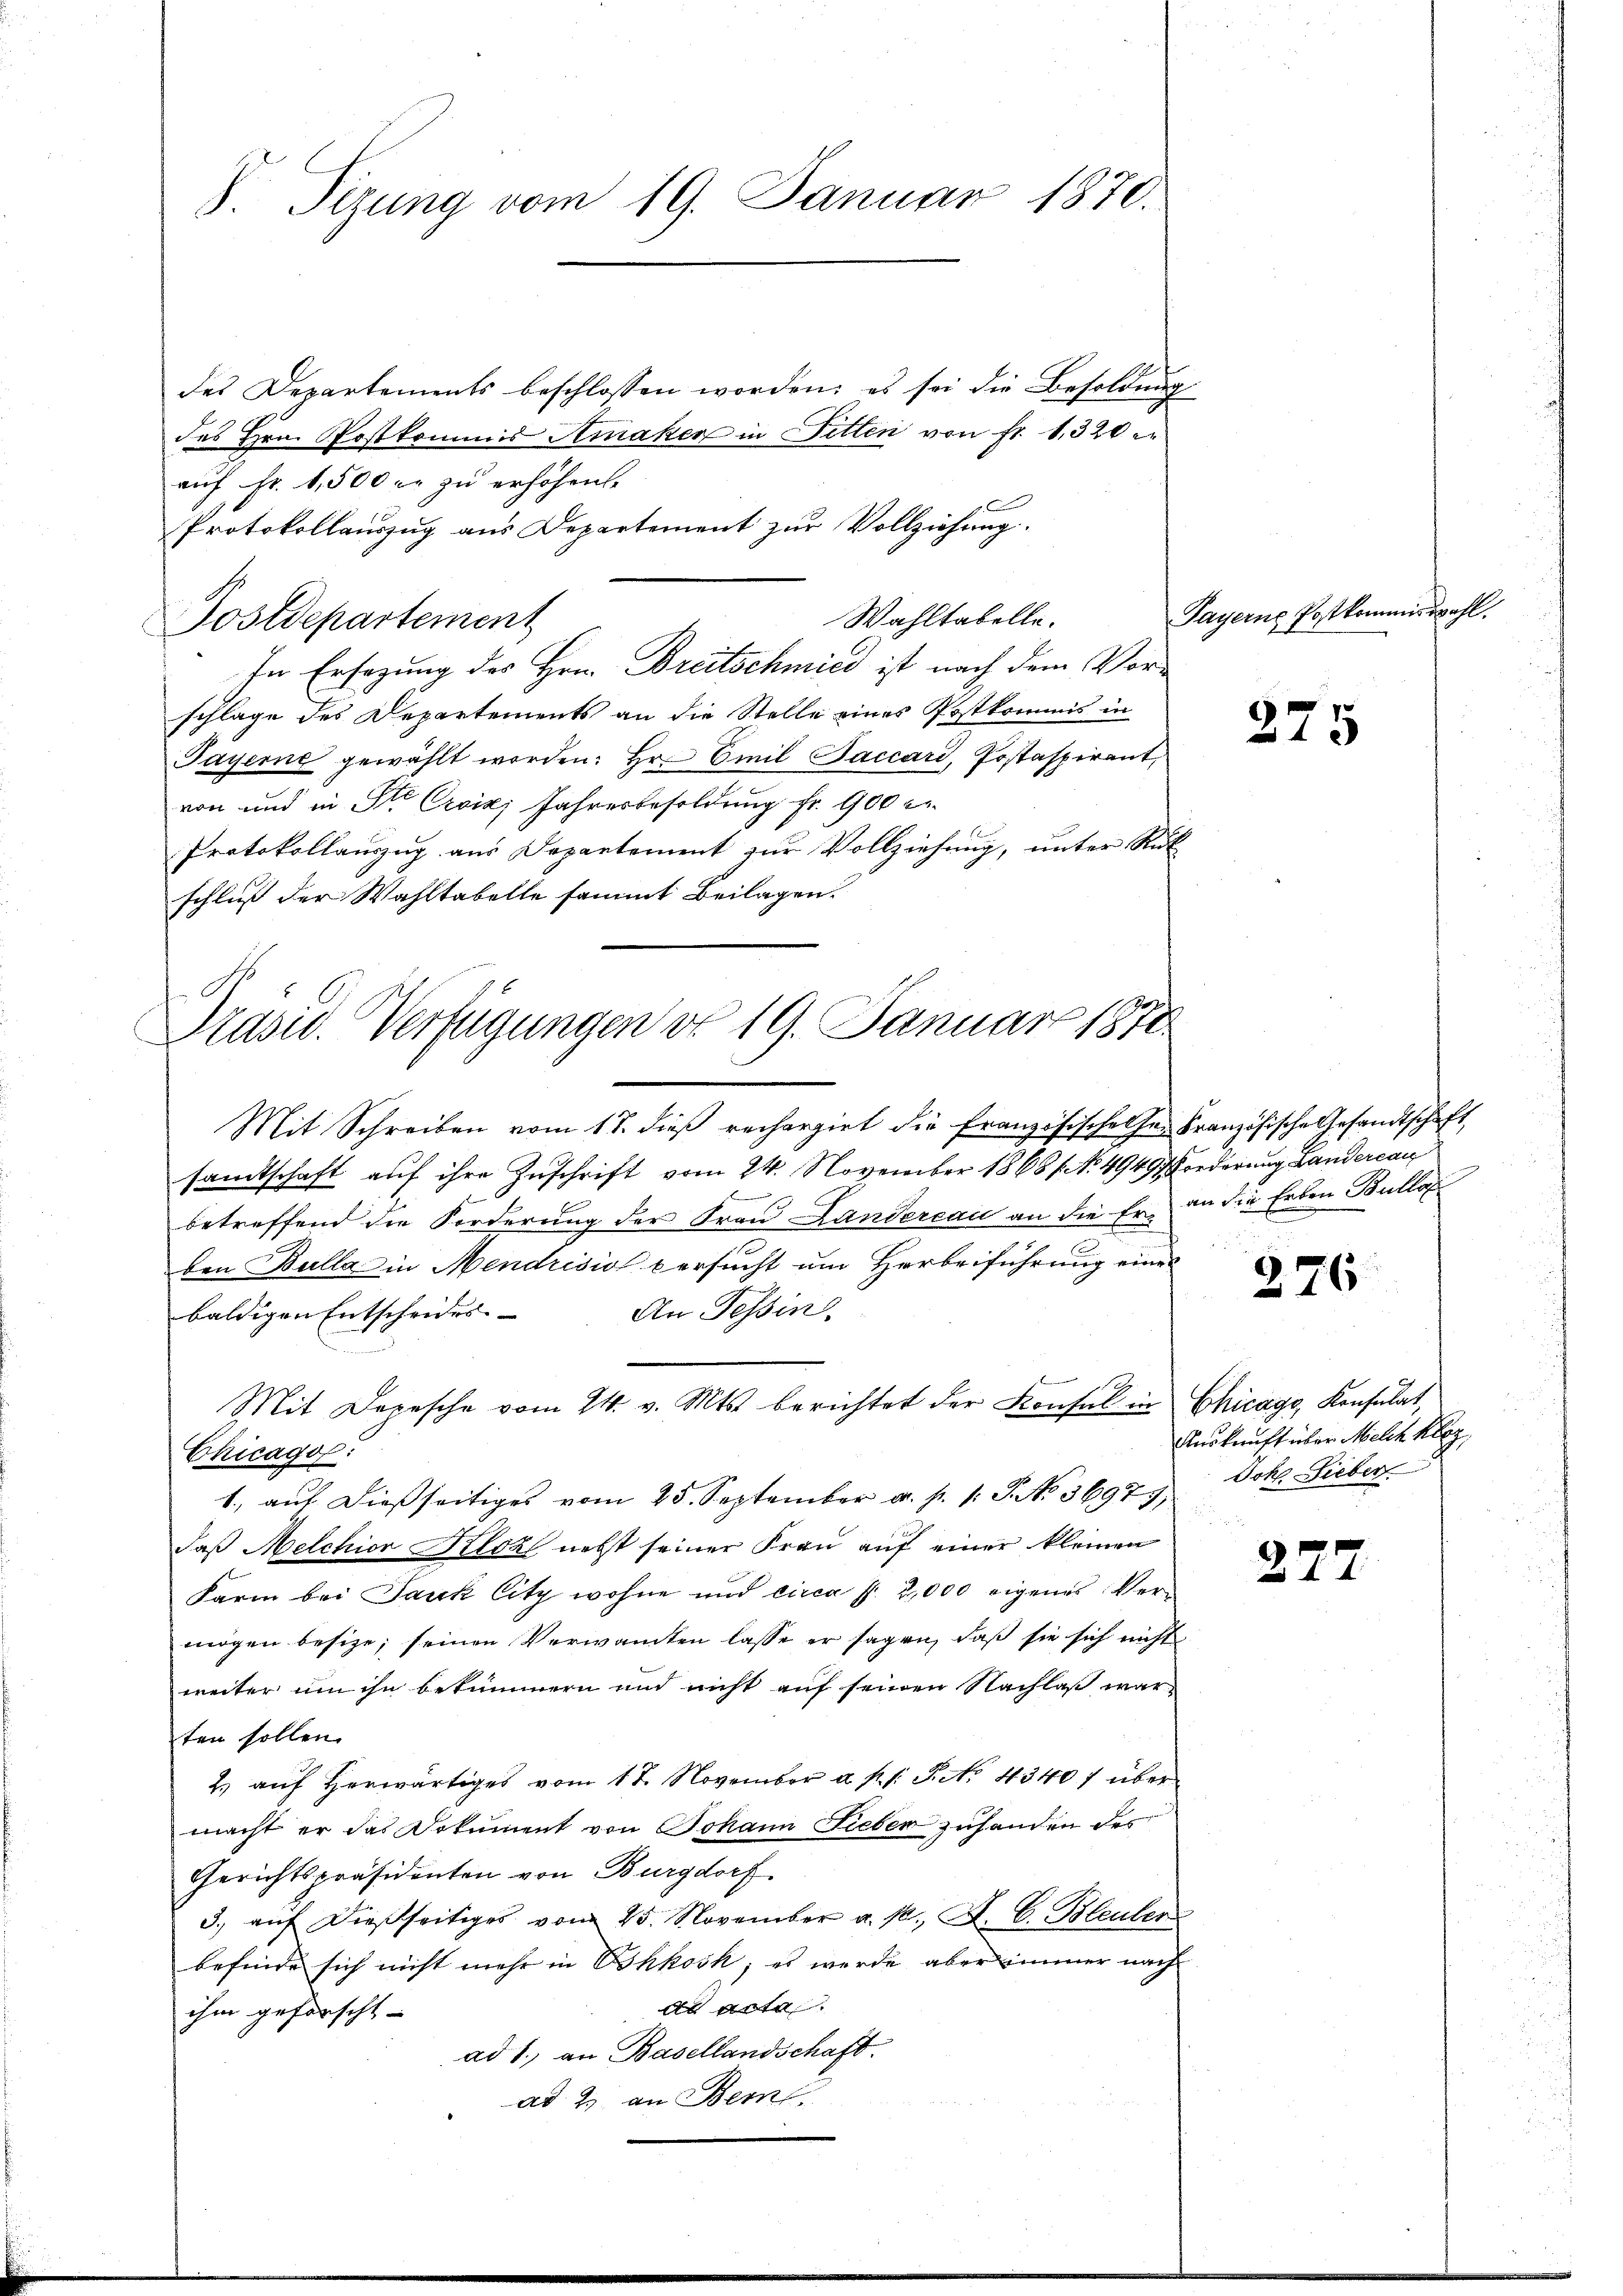
S. Tizung vom 19. Januar 1870.

des Departements beschlossen worden; es sei die Besoldung
des Hrn. Postkommis Amaker in Fitten von fr. 1320
auf Fr. 1,500 fr zu erhöhen.
Protokollauszug aus Departement zur Vollziehung.
In Ersezung des Hrn. Breitschmied ist nach dem Vorschlage des Departements an die Stelle eines Postkommis in
Payerne gewählt worden: Hr. Emil Baccari, Postaspirant,
von und in St. Croix, Jahresbesoldung fr. 900 l
Protokollauszug aus Departement zur Vollziehung, unter Rük
schluß der Wahltabelle sammt Beilagen.

Postdepartement

Wahltabelle.

s
Präsid. Verfügungen do 19. Januar 1870

Mit Schreiben vom 17. dieβ rechargirt die Französischehen Französische Gesandtschaft
samtschaft auf ihre Zuschrift vom 24. November 1868 / No. 49497 Forderung Landercan
f
betreffend die Forderung der Frau Landereau an die Er an die Erben Bulla
den Bulla in Mendrisis versucht um Herbeiführung eines
An Tessin
baldigen Entscheides.
Chicago :
1., auf dießseitiges vom 25. September a. p. 1. P. No. 36979,
Daß Melchior Kloz nebst seiner Frau auf einer kleinen
Farm bei Jauk Citz wohne und circa fl. 2,000 eigenes Ver-
mögen besize; seinen Verwanten lasse er sagen, daß sie sich nicht
weiter um ihn bekümmern und nicht auf seinen Nachlaß war
ten sollen.
2. aŭf herwärtiges vom 17. November a. p. s. S. No. 43407 über
macht er das Dokument von Johann Lieber zufanden des
Gerichtspräsidenten von Burgdorf.
3.) auf dießseitiges vom 25. November a. p., A. C. Bleuler
befinde sich nicht mehr in Oskkošk; es werde aber immer nach
dd acta.
ihm geforscht
ad 1., an Basellandschaft.
ad 2. an Bern,

Mit Depesche vom 24. v. Mts. berichtet der Konsul in Chicage, Konsulat,

Payerne Postkommiswah

275

276

Auskunft über Melch lez
Joh. Lieber

277.